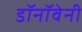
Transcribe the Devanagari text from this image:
डॉनॉवेनी